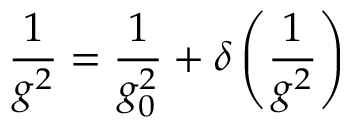
{ \frac { 1 } { g ^ { 2 } } } = { \frac { 1 } { g _ { 0 } ^ { 2 } } } + \delta \left( \frac { 1 } { g ^ { 2 } } \right)